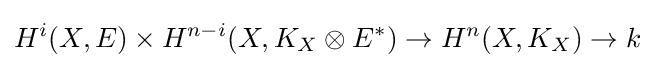
H^{i}(X,E)\times H^{n-i}(X,K_{X}\otimes E^{\ast })\to H^{n}(X,K_{X})\to k